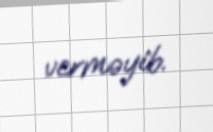
verməyib.